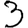
Digit: 3